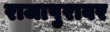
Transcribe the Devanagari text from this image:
राजापुरावर